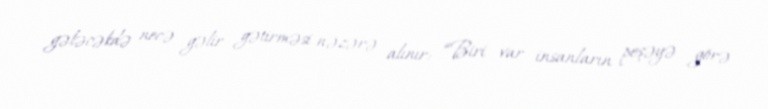
gələcəkdə necə gəlir gətirməsi nəzərə alınır: “Biri var insanların peşəyə görə